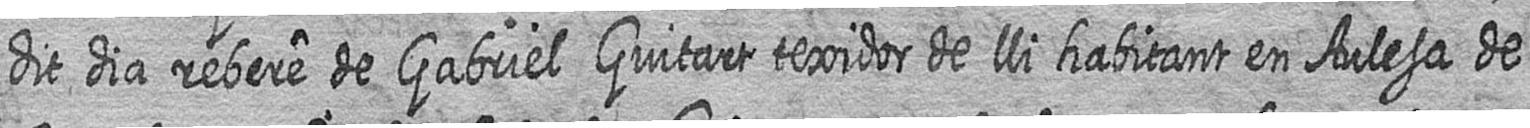
dit dia rebere de Gabriel Guitart texidor de lli habitant en Aulesa de